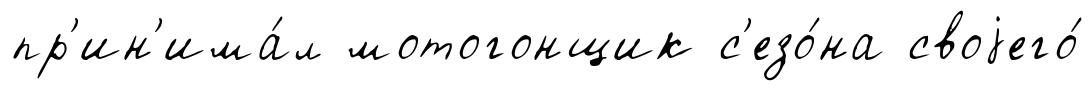
пр'ин'има́л мотогонщик с'езо́на своjего́